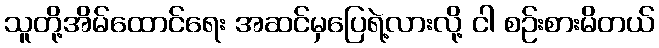
သူတို့အိမ်ထောင်ရေး အဆင်မှပြေရဲ့လားလို့ ငါ စဉ်းစားမိတယ်